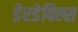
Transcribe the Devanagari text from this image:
डेरडेविल्स